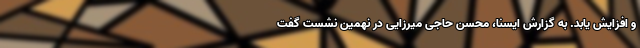
و افزایش یابد. به گزارش ایسنا، محسن حاجی میرزایی در نهمین نشست‌ گفت